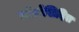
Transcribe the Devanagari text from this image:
तोरोसिदिस